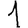
Digit: 1